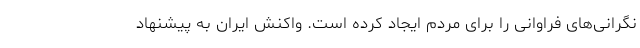
نگرانی‌های فراوانی را برای مردم ایجاد کرده است. واکنش ایران به پیشنهاد